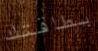
بطاقتك